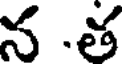
న .త